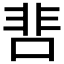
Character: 𩇬